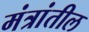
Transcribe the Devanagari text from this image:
मंत्रांतील